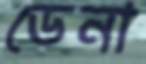
ডেনা